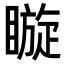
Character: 䁢